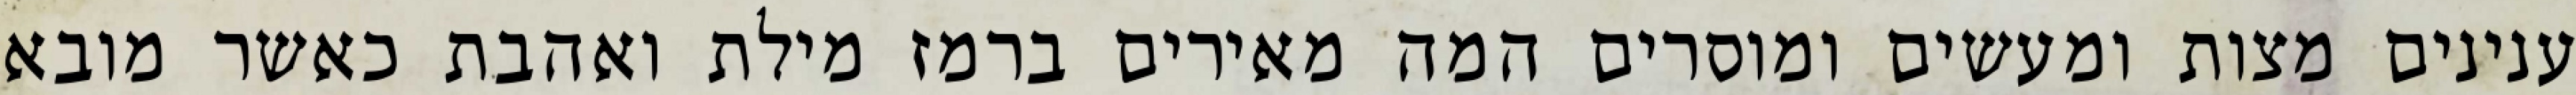
ענינים מצות ומעשים ומוסרים המה מאירים ברמז מילת ואהבת כאשר מובא